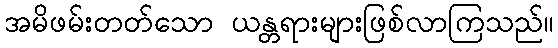
အမိဖမ်းတတ်သော ယန္တရားများဖြစ်လာကြသည်။